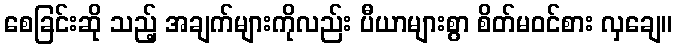
စေခြင်းဆို သည့် အချက်များကိုလည်း ပီယာများစွာ စိတ်မဝင်စား လှချေ။